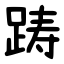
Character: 踌